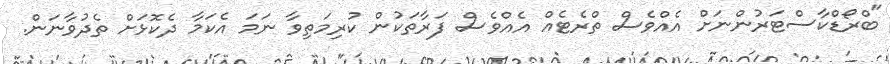
"ބްރޯޑްކާސްޓަރުންނަށް އެއްވެސް ތްރެޓެއް އެއްވެސް ފަރާތަކުން ކުރިމަތިވާ ނަމަ އެކަމާ ދެކޮޅަށް ތެދުވާނަން.